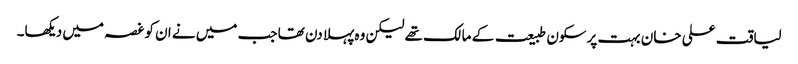
لیاقت علی خان بہت پرسکون طبیعت کے مالک تھے لیکن وہ پہلا دن تھا جب میں نے ان کو غصہ میں دیکھا۔